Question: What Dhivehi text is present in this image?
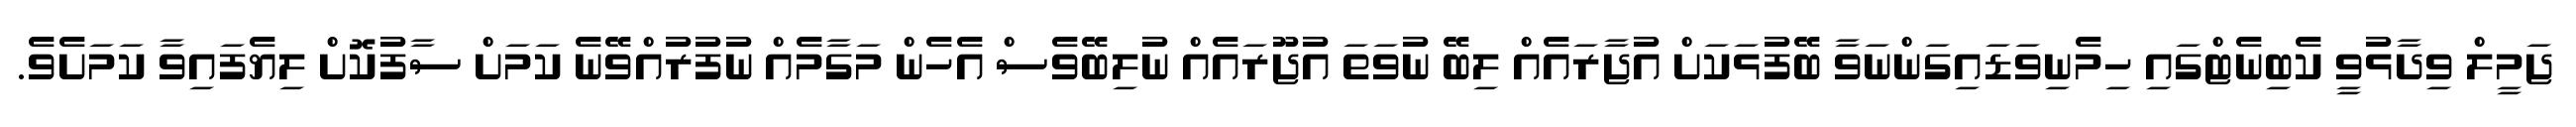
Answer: ޖަމީލް ވިދާޅުވީ ކެބިނެޓްގައި ހިމެނިވަޑައިގަންނަވާ ބޭފުޅަކަށް އުޖާރައެއް ލިބޭ ނުވަތަ އުޖޫރައެއް ނުލިބޭވެސް އެހެން މަގާމެއް ނުފުރުއްވޭނެ ކަމަށް ސާފުކޮށް ލިޔެފައިވާ ކަމަށެވެ.